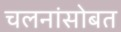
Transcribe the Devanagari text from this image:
चलनांसोबत